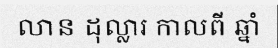
លាន ដុល្លារ កាលពី ឆ្នាំ